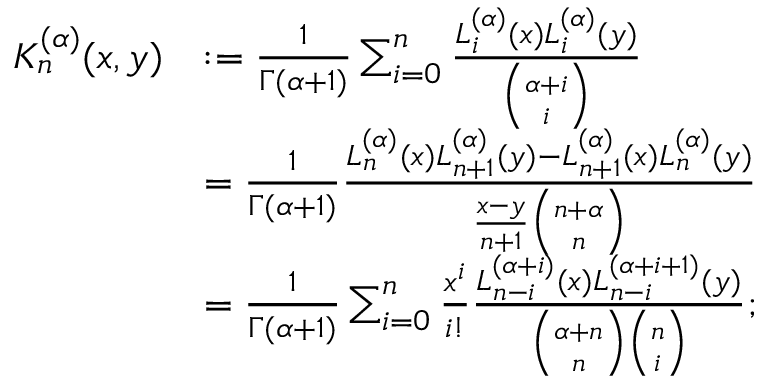
{ \begin{array} { r l } { K _ { n } ^ { ( \alpha ) } ( x , y ) } & { : = { \frac { 1 } { \Gamma ( \alpha + 1 ) } } \sum _ { i = 0 } ^ { n } { \frac { L _ { i } ^ { ( \alpha ) } ( x ) L _ { i } ^ { ( \alpha ) } ( y ) } { \binom { \alpha + i } { i } } } } \\ & { = { \frac { 1 } { \Gamma ( \alpha + 1 ) } } { \frac { L _ { n } ^ { ( \alpha ) } ( x ) L _ { n + 1 } ^ { ( \alpha ) } ( y ) - L _ { n + 1 } ^ { ( \alpha ) } ( x ) L _ { n } ^ { ( \alpha ) } ( y ) } { { \frac { x - y } { n + 1 } } { \binom { n + \alpha } { n } } } } } \\ & { = { \frac { 1 } { \Gamma ( \alpha + 1 ) } } \sum _ { i = 0 } ^ { n } { \frac { x ^ { i } } { i ! } } { \frac { L _ { n - i } ^ { ( \alpha + i ) } ( x ) L _ { n - i } ^ { ( \alpha + i + 1 ) } ( y ) } { { \binom { \alpha + n } { n } } { \binom { n } { i } } } } ; } \end{array} }